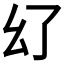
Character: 𢆳